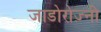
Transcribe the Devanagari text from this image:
जाडोरोज़्नी